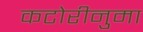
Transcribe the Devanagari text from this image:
कटोरीनुमा